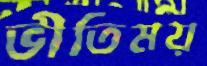
ভীতিময়